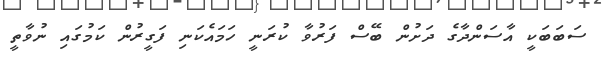
ސަބަބަކީ އާސަންދާގެ ދަށުން ބޭސް ފަރުވާ ކުރަނީ ހަމައެކަނި ފަގީރުން ކަމުގައި ނުވާތީ